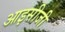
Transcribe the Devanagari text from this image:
आइसीजी